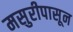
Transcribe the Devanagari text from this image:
मसुरीपासून